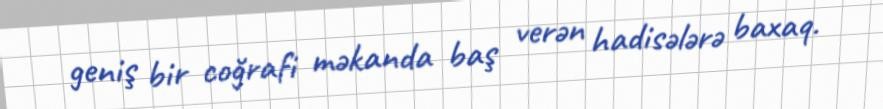
geniş bir coğrafi məkanda baş verən hadisələrə baxaq.